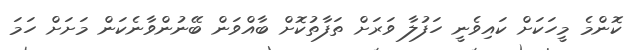
ކޮންމެ މީހަކަށް ކައިވެނީ ހަފުލާ ވަރަށް ތަފާތުކޮށް ބާއްވަން ބޭނުންވާނެކަން މަށަށް ހަމަ